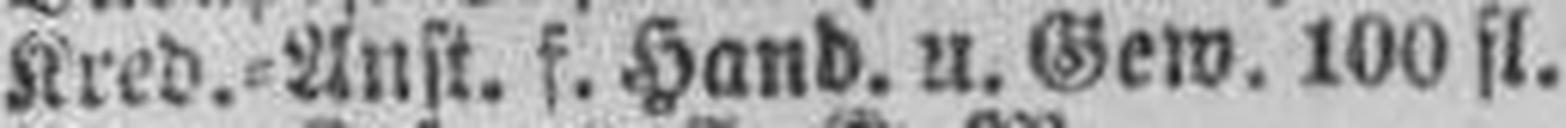
Kred.=Anst. f. Hand. u. Gew. 100 fl.